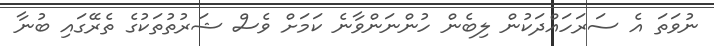
ނުވަތަ އެ ސަރަހައްދަކުން ލިބެން ހުންނަންވާނެ ކަމަށް ވެސް ޝަރުތުތަކުގެ ތެރޭގައި ބުނާ